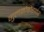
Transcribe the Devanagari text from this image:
गुलमोहोरावर